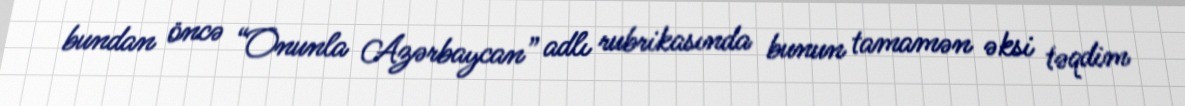
bundan öncə “Onunla Azərbaycan” adlı rubrikasında bunun tamamən əksi təqdim